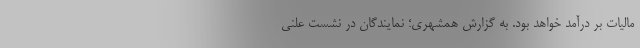
مالیات بر درآمد خواهد بود. به گزارش همشهری؛ نمایندگان در نشست علنی